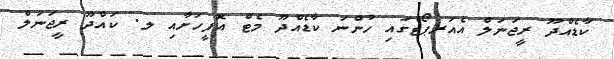
ކާޑެއްދޫ ރީޖަނަލް އެއަރޕޯޓްގައި ހުންނަ ކާޑެއްދޫ މެޓް އޮފީހަށާއި ލ. ކައްދޫ ރީޖަނަލް